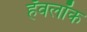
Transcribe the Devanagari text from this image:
हॅवलॉक